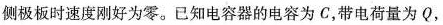
侧极板时速度刚好为零。已知电容器的电容为C，带电荷量为Q，